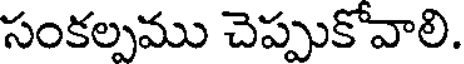
సంకల్పము చెప్పుకోవాలి.